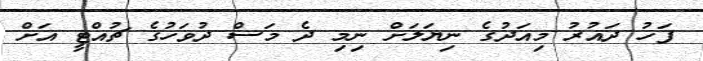
ފަހު ދައުރު މިއަދުގެ ނިޔަލަށް ނިމި ދެ މަސް ދުވަހުގެ ޗުއްޓީ އަށް